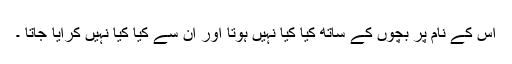
اس کے نام پر بچوں کے ساتھ کیا کیا نہیں ہوتا اور ان سے کیا کیا نہیں کرایا جاتا ۔